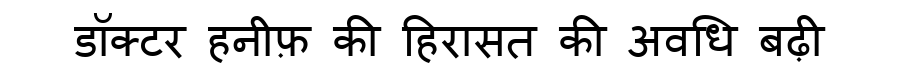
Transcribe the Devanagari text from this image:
डॉक्टर हनीफ़ की हिरासत की अवधि बढ़ी